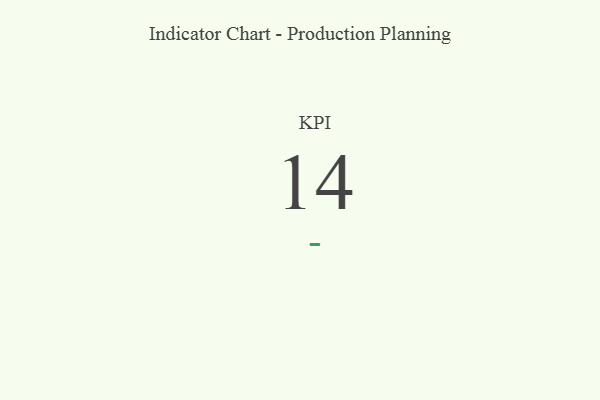
{"axis": {"x": "KPI", "y": "Value"}, "legend": [""], "data": [{"x": "KPI", "y": 14, "type": ""}]}